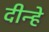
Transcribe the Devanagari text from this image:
दीन्हे